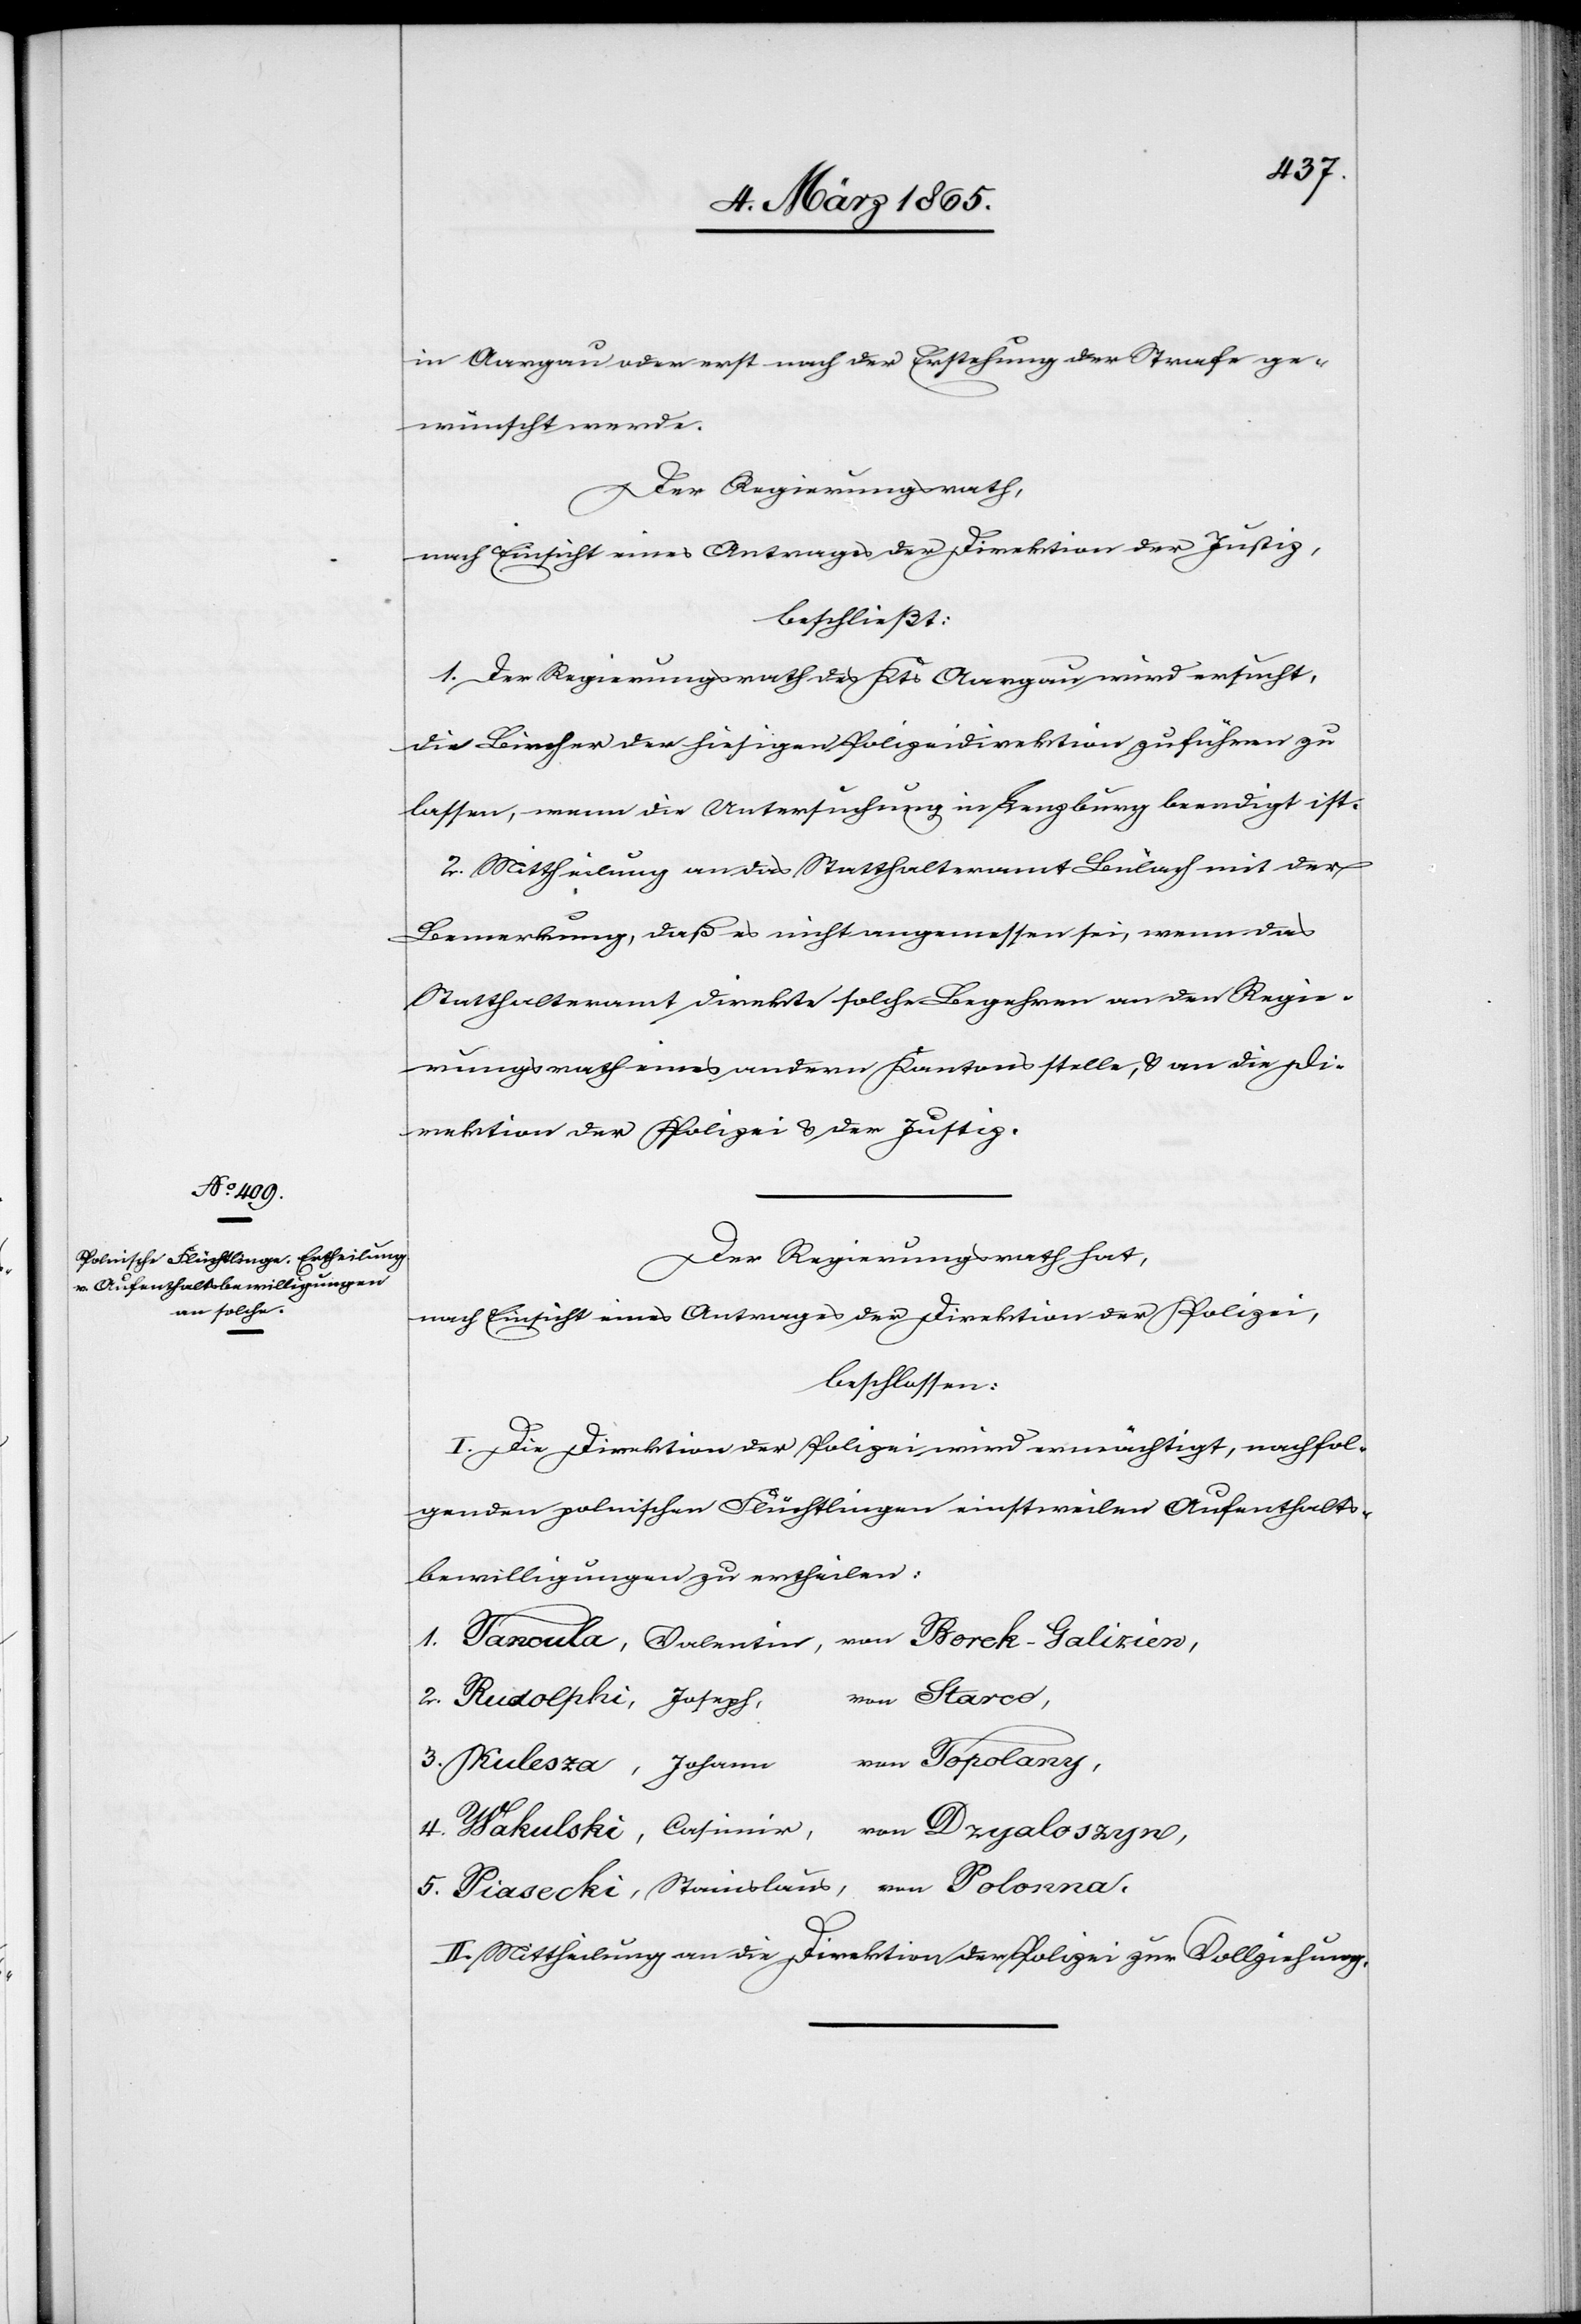
in Aargau oder erst nach der Erstehung der Strafe ge¬
wünscht werde.
Der Regierungsrath,
nach Einsicht eines Antrages der Direktion der Justiz,
beschließt:
1. Der Regierungsrath des Kts Aargau wird ersucht,
die Bircher der hiesigen Polizeidirektion zuführen zu
lassen, wenn die Untersuchung in Lenzburg beendigt ist.
2. Mittheilung an das Statthalteramt Bülach mit der
Bemerkung, daß es nicht angemessen sei, wenn das
Statthalteramt direkte solche Begehren an den Regie¬
rungsrath eines andern Kantons stelle, u. an die Di¬
rektion der Polizei u. der Justiz.
Der Regierungsrath hat,
nach Einsicht eines Antrages der Direktion der Polizei,
beschlossen:
I. Die Direktion der Polizei wird ermächtigt, nachfol¬
genden polnischen Flüchtlingen einstweilen Aufenthalts¬
bewilligungen zu ertheilen:
1. Tanoula, Valentin, von Borck-Galizien,
von Starco,
2. Rudolphi, Joseph,
von Topolany,
3. Kulesza, Johann
4. Wakulski, Casimir, von Dzyaloszyn,
5. Piasecki, Stanislaus, von Polonna.
II. Mittheilung an die Direktion der Polizei zur Vollziehung.